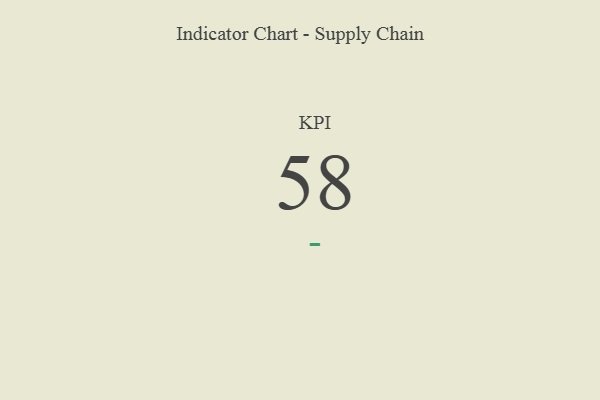
{"axis": {"x": "KPI", "y": "Value"}, "legend": [""], "data": [{"x": "KPI", "y": 58, "type": ""}]}